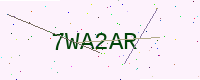
Text: 7WA2AR